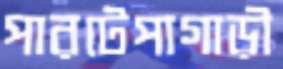
পারটেপাগাড়ী